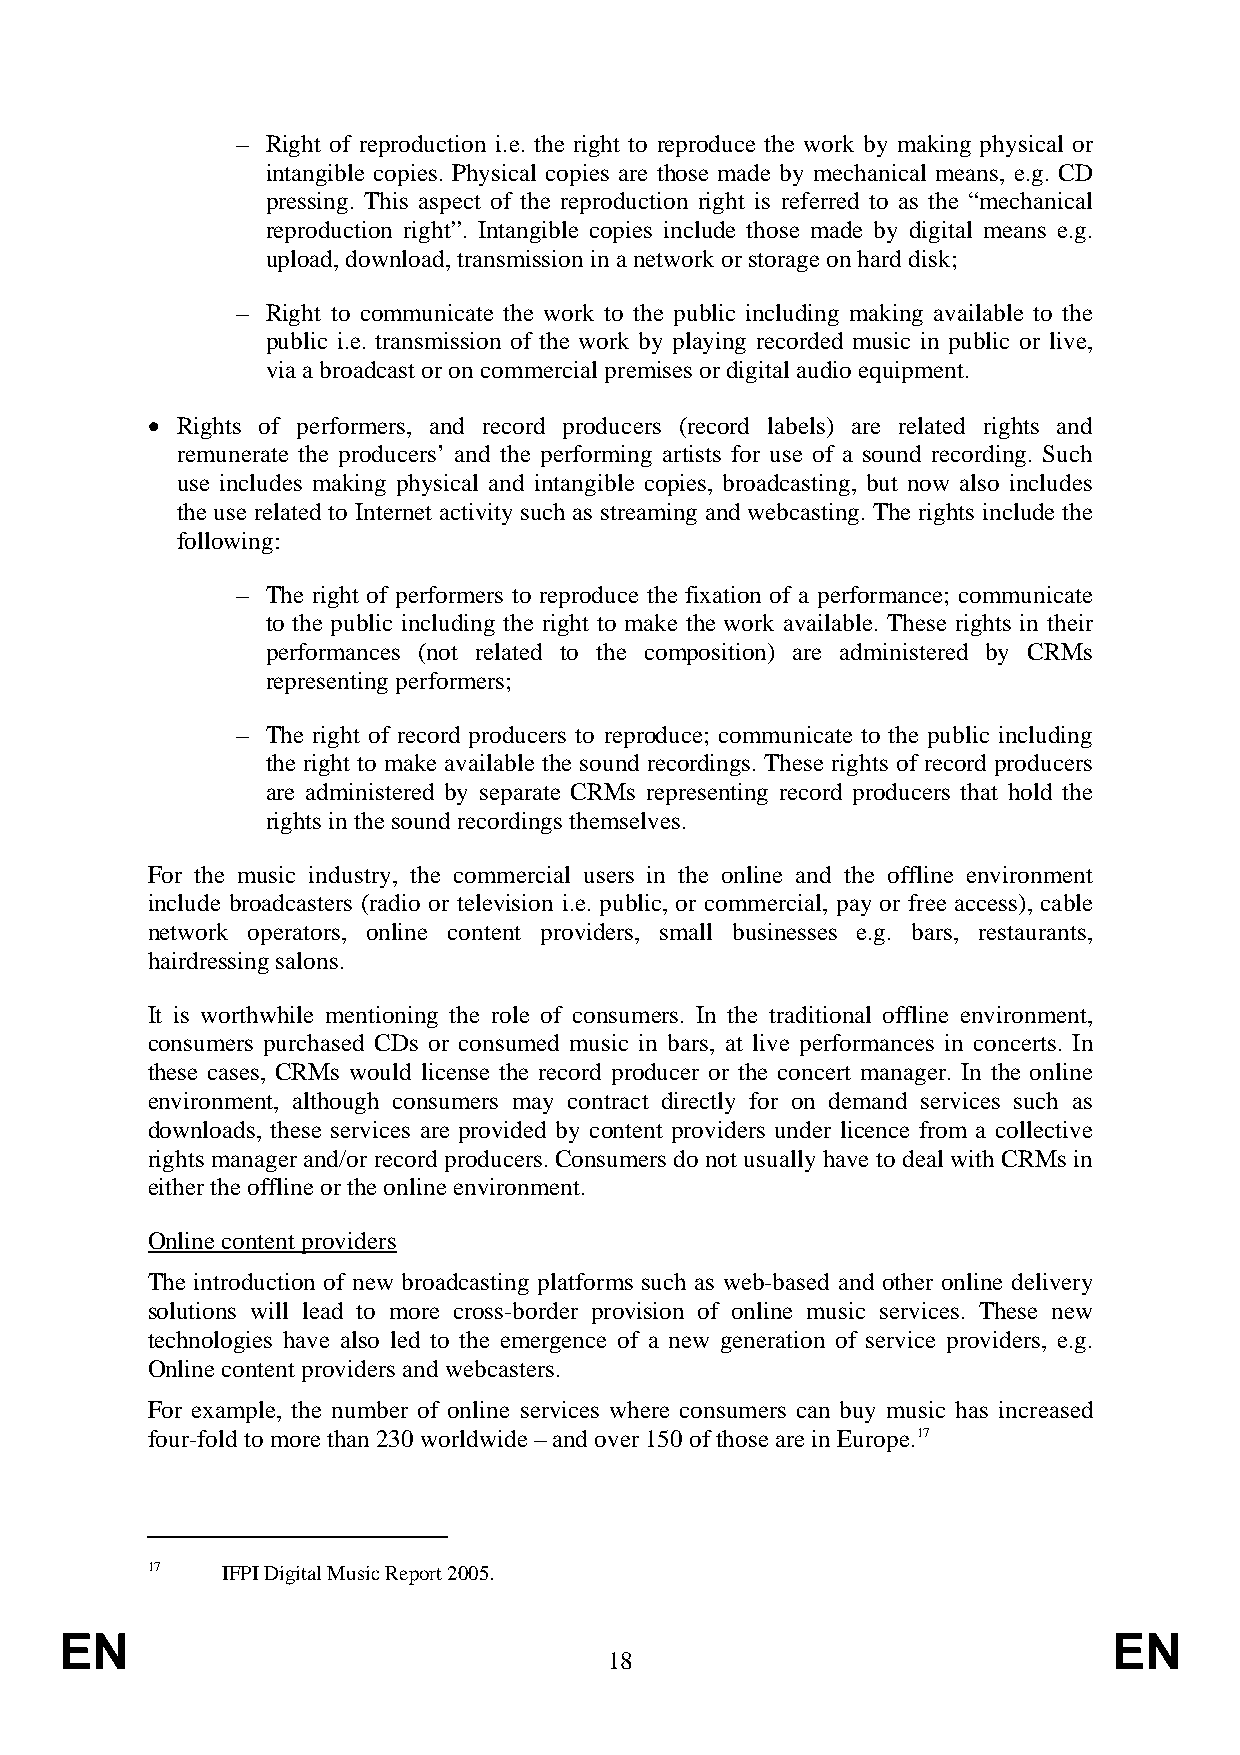
– Right of reproduction i.e. the right to reproduce the work by making physical or
 intangible copies. Physical copies are those made by mechanical means, e.g. CD
 pressing. This aspect of the reproduction right is referred to as the “mechanical
 reproduction right”. Intangible copies include those made by digital means e.g.
 upload, download, transmission in a network or storage on hard disk;
 – Right to communicate the work to the public including making available to the
 public i.e. transmission of the work by playing recorded music in public or live,
 via a broadcast or on commercial premises or digital audio equipment.
 • Rights of performers, and record producers (record labels) are related rights and
 remunerate the producers’ and the performing artists for use of a sound recording. Such
 use includes making physical and intangible copies, broadcasting, but now also includes
 the use related to Internet activity such as streaming and webcasting. The rights include the
 following:
 – The right of performers to reproduce the fixation of a performance; communicate
 to the public including the right to make the work available. These rights in their
 performances (not related to the composition) are administered by CRMs
 representing performers;
 – The right of record producers to reproduce; communicate to the public including
 the right to make available the sound recordings. These rights of record producers
 are administered by separate CRMs representing record producers that hold the
 rights in the sound recordings themselves.
 For the music industry, the commercial users in the online and the offline environment
 include broadcasters (radio or television i.e. public, or commercial, pay or free access), cable
 network operators, online content providers, small businesses e.g. bars, restaurants,
 hairdressing salons.
 It is worthwhile mentioning the role of consumers. In the traditional offline environment,
 consumers purchased CDs or consumed music in bars, at live performances in concerts. In
 these cases, CRMs would license the record producer or the concert manager. In the online
 environment, although consumers may contract directly for on demand services such as
 downloads, these services are provided by content providers under licence from a collective
 rights manager and/or record producers. Consumers do not usually have to deal with CRMs in
 either the offline or the online environment.
 Online content providers
 The introduction of new broadcasting platforms such as web-based and other online delivery
 solutions will lead to more cross-border provision of online music services. These new
 technologies have also led to the emergence of a new generation of service providers, e.g.
 Online content providers and webcasters.
 For example, the number of online services where consumers can buy music has increased
 four-fold to more than 230 worldwide – and over 150 of those are in Europe.17
 17   IFPI Digital Music Report 2005.
 EN                                                                    EN
 18